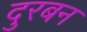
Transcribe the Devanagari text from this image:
दुरबन